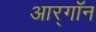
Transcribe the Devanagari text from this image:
आर्‌गॉन